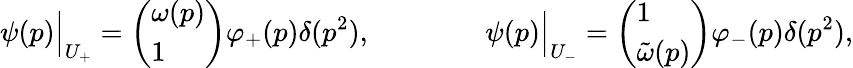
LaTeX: \psi(p)\Bigr|_{U_{+}}=\left(\begin{array}{l}{{\omega(p)}}\\ {{1}}\end{array}\right)\varphi_{+}(p)\delta(p^{2}),\qquad\qquad\psi(p)\Bigr|_{U_{-}}=\left(\begin{array}{l}{{1}}\\ {{\tilde{\omega}(p)}}\end{array}\right)\varphi_{-}(p)\delta(p^{2}),